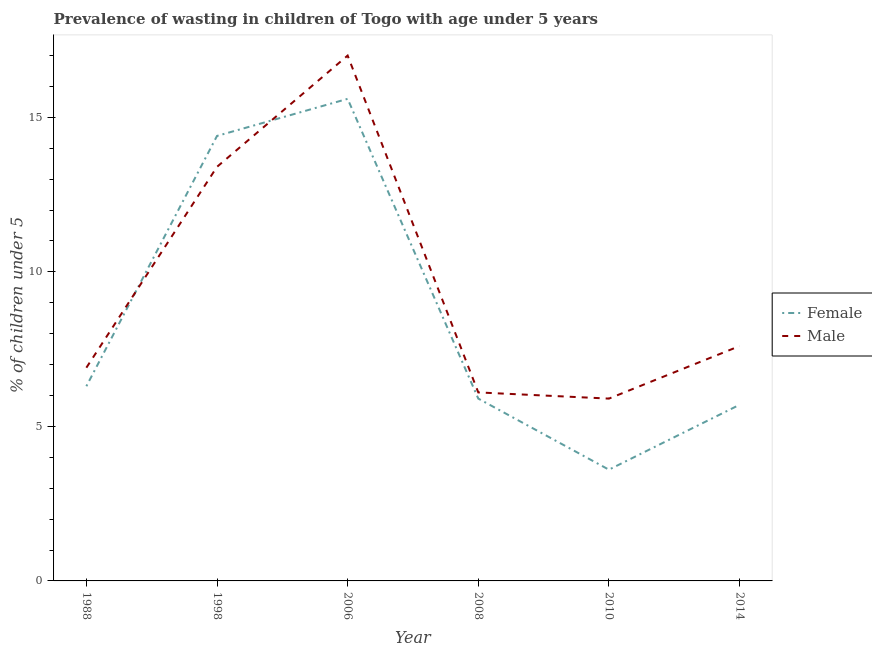
| Year | Female | Male |
 | --- | --- | --- |
 | 1988 | 6.3 | 6.9 |
 | 1998 | 14.4 | 13.4 |
 | 2006 | 15.6 | 17 |
 | 2008 | 5.9 | 6.1 |
 | 2010 | 3.6 | 5.9 |
 | 2014 | 5.7 | 7.6 |